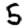
Digit: 5